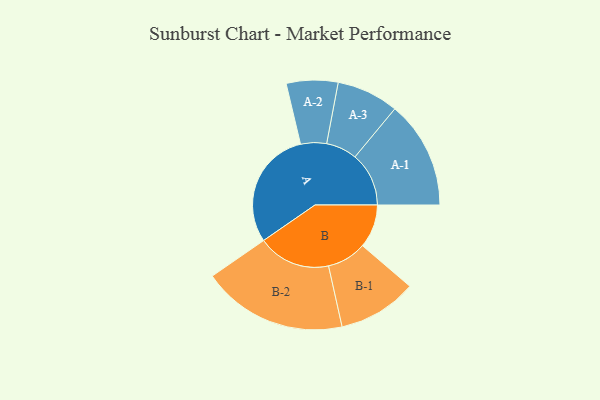
{"axis": {"x": "Segment", "y": "Value"}, "legend": ["", "A", "B"], "data": [{"x": "A", "y": 480, "type": ""}, {"x": "B", "y": 175, "type": ""}, {"x": "A-1", "y": 217, "type": "A"}, {"x": "A-2", "y": 104, "type": "A"}, {"x": "A-3", "y": 125, "type": "A"}, {"x": "B-1", "y": 159, "type": "B"}, {"x": "B-2", "y": 293, "type": "B"}]}